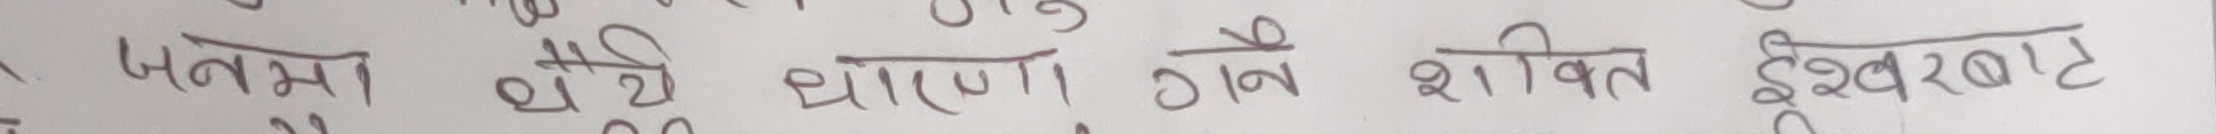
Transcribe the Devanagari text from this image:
चनमा चैं धारणा होने शक्ति ईश्वरबाट